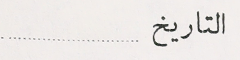
التاريخ